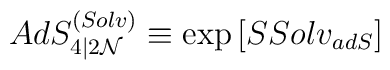
AdS^{(Solv)}_{4\vert 2{\cal N}}\equiv \exp\left[ SSolv_{adS}\right]